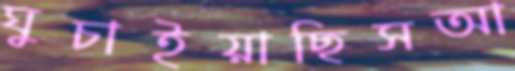
ঘুচাইয়াছিসআ